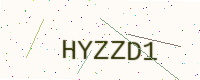
Text: HYZZD1